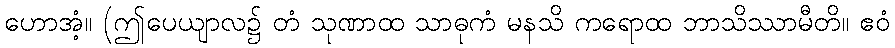
ဟောအံ့။ (ဤပေယျာလ၌ တံ သုဏာထ သာဓုကံ မနသိ ကရောထ ဘာသိဿာမီတိ။ ဧဝံ